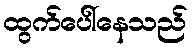
ထွက်ပေါ်နေသည်